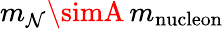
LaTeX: m_{\mathcal{N}}\simA\, m_{\mathrm{{nucleon}}}